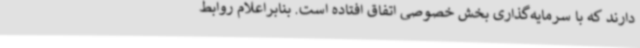
دارند که با سرمایه‌گذاری بخش خصوصی اتفاق افتاده است. بنابراعلام روابط